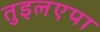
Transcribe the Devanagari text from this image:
तुइलएपा